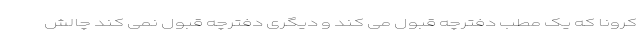
کرونا که یک مطب دفترچه قبول می کند و دیگری دفترچه قبول نمی کند چالش